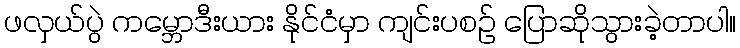
ဖလှယ်ပွဲ ကမ္ဘောဒီးယား နိုင်ငံမှာ ကျင်းပစဉ် ပြောဆိုသွားခဲ့တာပါ။